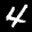
Label: 4